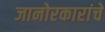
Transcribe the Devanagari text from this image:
जानोरकारांचे